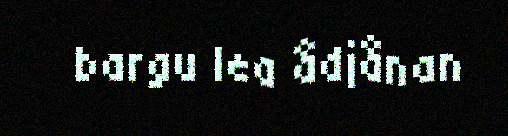
bargu lea ådjånan